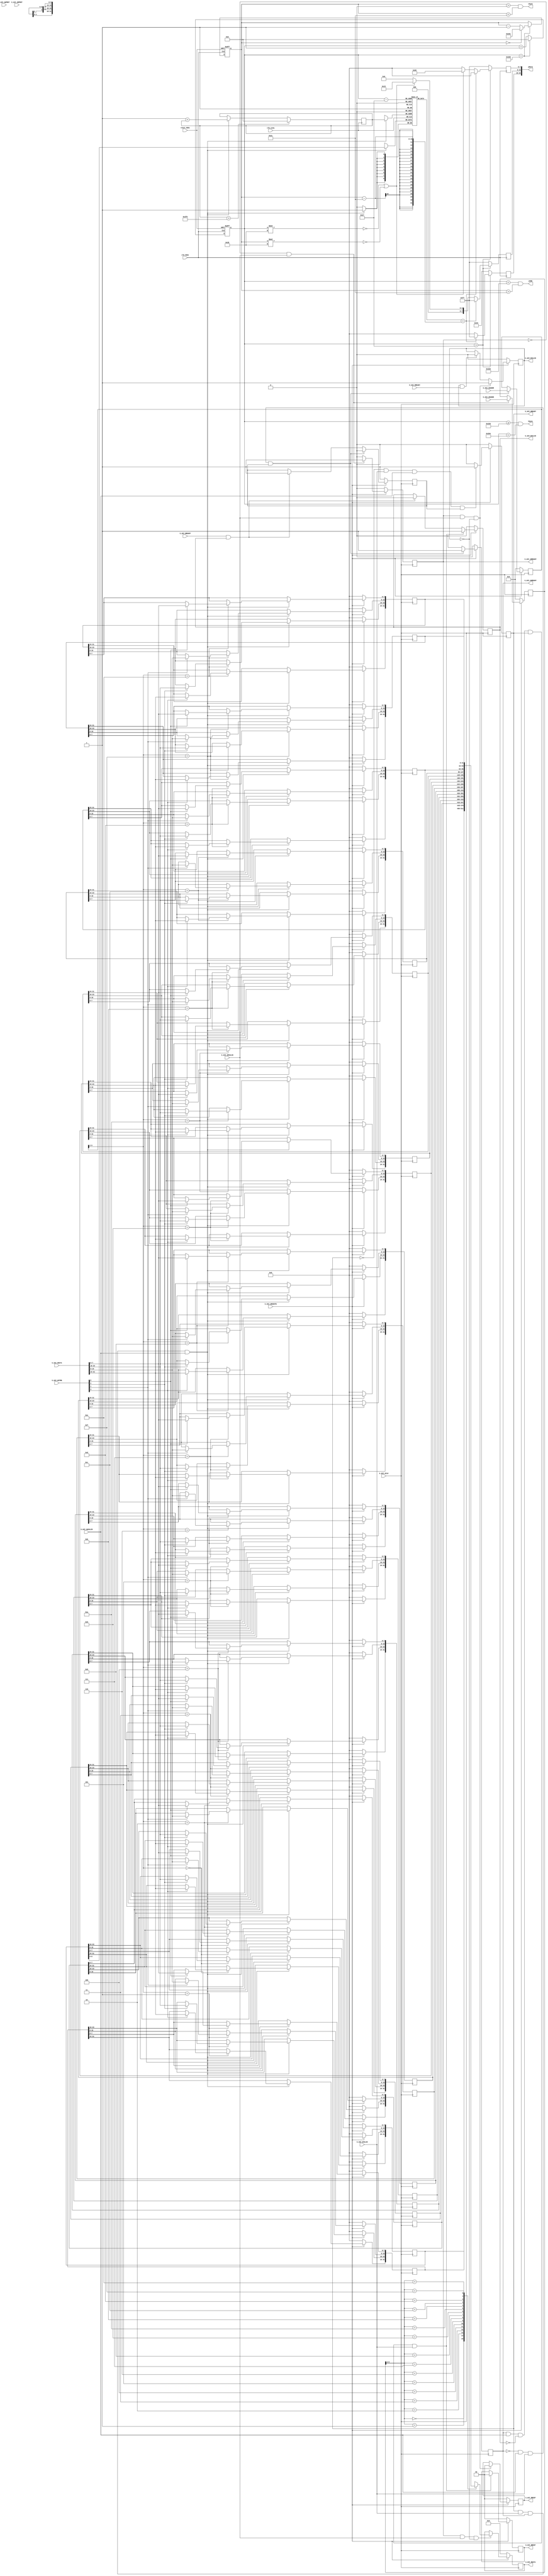

`timescale 1 ns / 1 ps

	module hdmi_full_gen_1_v1_0_S00_AXI #
	(
		// Users to add parameters here

		// User parameters ends
		// Do not modify the parameters beyond this line

		// Width of S_AXI data bus
		parameter integer C_S_AXI_DATA_WIDTH	= 32,
		// Width of S_AXI address bus
		parameter integer C_S_AXI_ADDR_WIDTH	= 6
	)
	(
		// Users to add ports here
        input wire reset_hdmi,
        input wire clk_hdmi,
        input wire clk_zynq,
        output wire [23:0] pData,
        output wire hSync,
        output wire vSync,
        output wire pVDE,
		// User ports ends
		// Do not modify the ports beyond this line

		// Global Clock Signal
		input wire  S_AXI_ACLK,
		// Global Reset Signal. This Signal is Active LOW
		input wire  S_AXI_ARESETN,
		// Write address (issued by master, acceped by Slave)
		input wire [C_S_AXI_ADDR_WIDTH-1 : 0] S_AXI_AWADDR,
		// Write channel Protection type. This signal indicates the
    		// privilege and security level of the transaction, and whether
    		// the transaction is a data access or an instruction access.
		input wire [2 : 0] S_AXI_AWPROT,
		// Write address valid. This signal indicates that the master signaling
    		// valid write address and control information.
		input wire  S_AXI_AWVALID,
		// Write address ready. This signal indicates that the slave is ready
    		// to accept an address and associated control signals.
		output wire  S_AXI_AWREADY,
		// Write data (issued by master, acceped by Slave) 
		input wire [C_S_AXI_DATA_WIDTH-1 : 0] S_AXI_WDATA,
		// Write strobes. This signal indicates which byte lanes hold
    		// valid data. There is one write strobe bit for each eight
    		// bits of the write data bus.    
		input wire [(C_S_AXI_DATA_WIDTH/8)-1 : 0] S_AXI_WSTRB,
		// Write valid. This signal indicates that valid write
    		// data and strobes are available.
		input wire  S_AXI_WVALID,
		// Write ready. This signal indicates that the slave
    		// can accept the write data.
		output wire  S_AXI_WREADY,
		// Write response. This signal indicates the status
    		// of the write transaction.
		output wire [1 : 0] S_AXI_BRESP,
		// Write response valid. This signal indicates that the channel
    		// is signaling a valid write response.
		output wire  S_AXI_BVALID,
		// Response ready. This signal indicates that the master
    		// can accept a write response.
		input wire  S_AXI_BREADY,
		// Read address (issued by master, acceped by Slave)
		input wire [C_S_AXI_ADDR_WIDTH-1 : 0] S_AXI_ARADDR,
		// Protection type. This signal indicates the privilege
    		// and security level of the transaction, and whether the
    		// transaction is a data access or an instruction access.
		input wire [2 : 0] S_AXI_ARPROT,
		// Read address valid. This signal indicates that the channel
    		// is signaling valid read address and control information.
		input wire  S_AXI_ARVALID,
		// Read address ready. This signal indicates that the slave is
    		// ready to accept an address and associated control signals.
		output wire  S_AXI_ARREADY,
		// Read data (issued by slave)
		output wire [C_S_AXI_DATA_WIDTH-1 : 0] S_AXI_RDATA,
		// Read response. This signal indicates the status of the
    		// read transfer.
		output wire [1 : 0] S_AXI_RRESP,
		// Read valid. This signal indicates that the channel is
    		// signaling the required read data.
		output wire  S_AXI_RVALID,
		// Read ready. This signal indicates that the master can
    		// accept the read data and response information.
		input wire  S_AXI_RREADY
	);

	// AXI4LITE signals
	reg [C_S_AXI_ADDR_WIDTH-1 : 0] 	axi_awaddr;
	reg  	axi_awready;
	reg  	axi_wready;
	reg [1 : 0] 	axi_bresp;
	reg  	axi_bvalid;
	reg [C_S_AXI_ADDR_WIDTH-1 : 0] 	axi_araddr;
	reg  	axi_arready;
	reg [C_S_AXI_DATA_WIDTH-1 : 0] 	axi_rdata;
	reg [1 : 0] 	axi_rresp;
	reg  	axi_rvalid;

	// Example-specific design signals
	// local parameter for addressing 32 bit / 64 bit C_S_AXI_DATA_WIDTH
	// ADDR_LSB is used for addressing 32/64 bit registers/memories
	// ADDR_LSB = 2 for 32 bits (n downto 2)
	// ADDR_LSB = 3 for 64 bits (n downto 3)
	localparam integer ADDR_LSB = (C_S_AXI_DATA_WIDTH/32) + 1;
	localparam integer OPT_MEM_ADDR_BITS = 3;
	//----------------------------------------------
	//-- Signals for user logic register space example
	//------------------------------------------------
	//-- Number of Slave Registers 16
	reg [C_S_AXI_DATA_WIDTH-1:0]	slv_reg0;
	reg [C_S_AXI_DATA_WIDTH-1:0]	slv_reg1;
	reg [C_S_AXI_DATA_WIDTH-1:0]	slv_reg2;
	reg [C_S_AXI_DATA_WIDTH-1:0]	slv_reg3;
	reg [C_S_AXI_DATA_WIDTH-1:0]	slv_reg4;
	reg [C_S_AXI_DATA_WIDTH-1:0]	slv_reg5;
	reg [C_S_AXI_DATA_WIDTH-1:0]	slv_reg6;
	reg [C_S_AXI_DATA_WIDTH-1:0]	slv_reg7;
	reg [C_S_AXI_DATA_WIDTH-1:0]	slv_reg8;
	reg [C_S_AXI_DATA_WIDTH-1:0]	slv_reg9;
	reg [C_S_AXI_DATA_WIDTH-1:0]	slv_reg10;
	reg [C_S_AXI_DATA_WIDTH-1:0]	slv_reg11;
	reg [C_S_AXI_DATA_WIDTH-1:0]	slv_reg12;
	reg [C_S_AXI_DATA_WIDTH-1:0]	slv_reg13;
	reg [C_S_AXI_DATA_WIDTH-1:0]	slv_reg14;
	reg [C_S_AXI_DATA_WIDTH-1:0]	slv_reg15;
	wire	 slv_reg_rden;
	wire	 slv_reg_wren;
	reg [C_S_AXI_DATA_WIDTH-1:0]	 reg_data_out;
	integer	 byte_index;
	reg	 aw_en;

	// I/O Connections assignments

	assign S_AXI_AWREADY	= axi_awready;
	assign S_AXI_WREADY	= axi_wready;
	assign S_AXI_BRESP	= axi_bresp;
	assign S_AXI_BVALID	= axi_bvalid;
	assign S_AXI_ARREADY	= axi_arready;
	assign S_AXI_RDATA	= axi_rdata;
	assign S_AXI_RRESP	= axi_rresp;
	assign S_AXI_RVALID	= axi_rvalid;
	// Implement axi_awready generation
	// axi_awready is asserted for one S_AXI_ACLK clock cycle when both
	// S_AXI_AWVALID and S_AXI_WVALID are asserted. axi_awready is
	// de-asserted when reset is low.

	always @( posedge S_AXI_ACLK )
	begin
	  if ( S_AXI_ARESETN == 1'b0 )
	    begin
	      axi_awready <= 1'b0;
	      aw_en <= 1'b1;
	    end 
	  else
	    begin    
	      if (~axi_awready && S_AXI_AWVALID && S_AXI_WVALID && aw_en)
	        begin
	          // slave is ready to accept write address when 
	          // there is a valid write address and write data
	          // on the write address and data bus. This design 
	          // expects no outstanding transactions. 
	          axi_awready <= 1'b1;
	          aw_en <= 1'b0;
	        end
	        else if (S_AXI_BREADY && axi_bvalid)
	            begin
	              aw_en <= 1'b1;
	              axi_awready <= 1'b0;
	            end
	      else           
	        begin
	          axi_awready <= 1'b0;
	        end
	    end 
	end       

	// Implement axi_awaddr latching
	// This process is used to latch the address when both 
	// S_AXI_AWVALID and S_AXI_WVALID are valid. 

	always @( posedge S_AXI_ACLK )
	begin
	  if ( S_AXI_ARESETN == 1'b0 )
	    begin
	      axi_awaddr <= 0;
	    end 
	  else
	    begin    
	      if (~axi_awready && S_AXI_AWVALID && S_AXI_WVALID && aw_en)
	        begin
	          // Write Address latching 
	          axi_awaddr <= S_AXI_AWADDR;
	        end
	    end 
	end       

	// Implement axi_wready generation
	// axi_wready is asserted for one S_AXI_ACLK clock cycle when both
	// S_AXI_AWVALID and S_AXI_WVALID are asserted. axi_wready is 
	// de-asserted when reset is low. 

	always @( posedge S_AXI_ACLK )
	begin
	  if ( S_AXI_ARESETN == 1'b0 )
	    begin
	      axi_wready <= 1'b0;
	    end 
	  else
	    begin    
	      if (~axi_wready && S_AXI_WVALID && S_AXI_AWVALID && aw_en )
	        begin
	          // slave is ready to accept write data when 
	          // there is a valid write address and write data
	          // on the write address and data bus. This design 
	          // expects no outstanding transactions. 
	          axi_wready <= 1'b1;
	        end
	      else
	        begin
	          axi_wready <= 1'b0;
	        end
	    end 
	end       

	// Implement memory mapped register select and write logic generation
	// The write data is accepted and written to memory mapped registers when
	// axi_awready, S_AXI_WVALID, axi_wready and S_AXI_WVALID are asserted. Write strobes are used to
	// select byte enables of slave registers while writing.
	// These registers are cleared when reset (active low) is applied.
	// Slave register write enable is asserted when valid address and data are available
	// and the slave is ready to accept the write address and write data.
	assign slv_reg_wren = axi_wready && S_AXI_WVALID && axi_awready && S_AXI_AWVALID;

	always @( posedge S_AXI_ACLK )
	begin
	  if ( S_AXI_ARESETN == 1'b0 )
	    begin
	      slv_reg0 <= 0;
	      slv_reg1 <= 0;
	      slv_reg2 <= 0;
	      slv_reg3 <= 0;
	      slv_reg4 <= 0;
	      slv_reg5 <= 0;
	      slv_reg6 <= 0;
	      slv_reg7 <= 0;
	      slv_reg8 <= 0;
	      slv_reg9 <= 0;
	      slv_reg10 <= 0;
	      slv_reg11 <= 0;
	      slv_reg12 <= 0;
	      slv_reg13 <= 0;
	      slv_reg14 <= 0;
	      slv_reg15 <= 0;
	    end 
	  else begin
	    if (slv_reg_wren)
	      begin
	        case ( axi_awaddr[ADDR_LSB+OPT_MEM_ADDR_BITS:ADDR_LSB] )
	          4'h0:
	            for ( byte_index = 0; byte_index <= (C_S_AXI_DATA_WIDTH/8)-1; byte_index = byte_index+1 )
	              if ( S_AXI_WSTRB[byte_index] == 1 ) begin
	                // Respective byte enables are asserted as per write strobes 
	                // Slave register 0
	                slv_reg0[(byte_index*8) +: 8] <= S_AXI_WDATA[(byte_index*8) +: 8];
	              end  
	          4'h1:
	            for ( byte_index = 0; byte_index <= (C_S_AXI_DATA_WIDTH/8)-1; byte_index = byte_index+1 )
	              if ( S_AXI_WSTRB[byte_index] == 1 ) begin
	                // Respective byte enables are asserted as per write strobes 
	                // Slave register 1
	                slv_reg1[(byte_index*8) +: 8] <= S_AXI_WDATA[(byte_index*8) +: 8];
	              end  
	          4'h2:
	            for ( byte_index = 0; byte_index <= (C_S_AXI_DATA_WIDTH/8)-1; byte_index = byte_index+1 )
	              if ( S_AXI_WSTRB[byte_index] == 1 ) begin
	                // Respective byte enables are asserted as per write strobes 
	                // Slave register 2
	                slv_reg2[(byte_index*8) +: 8] <= S_AXI_WDATA[(byte_index*8) +: 8];
	              end  
	          4'h3:
	            for ( byte_index = 0; byte_index <= (C_S_AXI_DATA_WIDTH/8)-1; byte_index = byte_index+1 )
	              if ( S_AXI_WSTRB[byte_index] == 1 ) begin
	                // Respective byte enables are asserted as per write strobes 
	                // Slave register 3
	                slv_reg3[(byte_index*8) +: 8] <= S_AXI_WDATA[(byte_index*8) +: 8];
	              end  
	          4'h4:
	            for ( byte_index = 0; byte_index <= (C_S_AXI_DATA_WIDTH/8)-1; byte_index = byte_index+1 )
	              if ( S_AXI_WSTRB[byte_index] == 1 ) begin
	                // Respective byte enables are asserted as per write strobes 
	                // Slave register 4
	                slv_reg4[(byte_index*8) +: 8] <= S_AXI_WDATA[(byte_index*8) +: 8];
	              end  
	          4'h5:
	            for ( byte_index = 0; byte_index <= (C_S_AXI_DATA_WIDTH/8)-1; byte_index = byte_index+1 )
	              if ( S_AXI_WSTRB[byte_index] == 1 ) begin
	                // Respective byte enables are asserted as per write strobes 
	                // Slave register 5
	                slv_reg5[(byte_index*8) +: 8] <= S_AXI_WDATA[(byte_index*8) +: 8];
	              end  
	          4'h6:
	            for ( byte_index = 0; byte_index <= (C_S_AXI_DATA_WIDTH/8)-1; byte_index = byte_index+1 )
	              if ( S_AXI_WSTRB[byte_index] == 1 ) begin
	                // Respective byte enables are asserted as per write strobes 
	                // Slave register 6
	                slv_reg6[(byte_index*8) +: 8] <= S_AXI_WDATA[(byte_index*8) +: 8];
	              end  
	          4'h7:
	            for ( byte_index = 0; byte_index <= (C_S_AXI_DATA_WIDTH/8)-1; byte_index = byte_index+1 )
	              if ( S_AXI_WSTRB[byte_index] == 1 ) begin
	                // Respective byte enables are asserted as per write strobes 
	                // Slave register 7
	                slv_reg7[(byte_index*8) +: 8] <= S_AXI_WDATA[(byte_index*8) +: 8];
	              end  
	          4'h8:
	            for ( byte_index = 0; byte_index <= (C_S_AXI_DATA_WIDTH/8)-1; byte_index = byte_index+1 )
	              if ( S_AXI_WSTRB[byte_index] == 1 ) begin
	                // Respective byte enables are asserted as per write strobes 
	                // Slave register 8
	                slv_reg8[(byte_index*8) +: 8] <= S_AXI_WDATA[(byte_index*8) +: 8];
	              end  
	          4'h9:
	            for ( byte_index = 0; byte_index <= (C_S_AXI_DATA_WIDTH/8)-1; byte_index = byte_index+1 )
	              if ( S_AXI_WSTRB[byte_index] == 1 ) begin
	                // Respective byte enables are asserted as per write strobes 
	                // Slave register 9
	                slv_reg9[(byte_index*8) +: 8] <= S_AXI_WDATA[(byte_index*8) +: 8];
	              end  
	          4'hA:
	            for ( byte_index = 0; byte_index <= (C_S_AXI_DATA_WIDTH/8)-1; byte_index = byte_index+1 )
	              if ( S_AXI_WSTRB[byte_index] == 1 ) begin
	                // Respective byte enables are asserted as per write strobes 
	                // Slave register 10
	                slv_reg10[(byte_index*8) +: 8] <= S_AXI_WDATA[(byte_index*8) +: 8];
	              end  
	          4'hB:
	            for ( byte_index = 0; byte_index <= (C_S_AXI_DATA_WIDTH/8)-1; byte_index = byte_index+1 )
	              if ( S_AXI_WSTRB[byte_index] == 1 ) begin
	                // Respective byte enables are asserted as per write strobes 
	                // Slave register 11
	                slv_reg11[(byte_index*8) +: 8] <= S_AXI_WDATA[(byte_index*8) +: 8];
	              end  
	          4'hC:
	            for ( byte_index = 0; byte_index <= (C_S_AXI_DATA_WIDTH/8)-1; byte_index = byte_index+1 )
	              if ( S_AXI_WSTRB[byte_index] == 1 ) begin
	                // Respective byte enables are asserted as per write strobes 
	                // Slave register 12
	                slv_reg12[(byte_index*8) +: 8] <= S_AXI_WDATA[(byte_index*8) +: 8];
	              end  
	          4'hD:
	            for ( byte_index = 0; byte_index <= (C_S_AXI_DATA_WIDTH/8)-1; byte_index = byte_index+1 )
	              if ( S_AXI_WSTRB[byte_index] == 1 ) begin
	                // Respective byte enables are asserted as per write strobes 
	                // Slave register 13
	                slv_reg13[(byte_index*8) +: 8] <= S_AXI_WDATA[(byte_index*8) +: 8];
	              end  
	          4'hE:
	            for ( byte_index = 0; byte_index <= (C_S_AXI_DATA_WIDTH/8)-1; byte_index = byte_index+1 )
	              if ( S_AXI_WSTRB[byte_index] == 1 ) begin
	                // Respective byte enables are asserted as per write strobes 
	                // Slave register 14
	                slv_reg14[(byte_index*8) +: 8] <= S_AXI_WDATA[(byte_index*8) +: 8];
	              end  
	          4'hF:
	            for ( byte_index = 0; byte_index <= (C_S_AXI_DATA_WIDTH/8)-1; byte_index = byte_index+1 )
	              if ( S_AXI_WSTRB[byte_index] == 1 ) begin
	                // Respective byte enables are asserted as per write strobes 
	                // Slave register 15
	                slv_reg15[(byte_index*8) +: 8] <= S_AXI_WDATA[(byte_index*8) +: 8];
	              end  
	          default : begin
	                      slv_reg0 <= slv_reg0;
	                      slv_reg1 <= slv_reg1;
	                      slv_reg2 <= slv_reg2;
	                      slv_reg3 <= slv_reg3;
	                      slv_reg4 <= slv_reg4;
	                      slv_reg5 <= slv_reg5;
	                      slv_reg6 <= slv_reg6;
	                      slv_reg7 <= slv_reg7;
	                      slv_reg8 <= slv_reg8;
	                      slv_reg9 <= slv_reg9;
	                      slv_reg10 <= slv_reg10;
	                      slv_reg11 <= slv_reg11;
	                      slv_reg12 <= slv_reg12;
	                      slv_reg13 <= slv_reg13;
	                      slv_reg14 <= slv_reg14;
	                      slv_reg15 <= slv_reg15;
	                    end
	        endcase
	      end
	  end
	end    

	// Implement write response logic generation
	// The write response and response valid signals are asserted by the slave 
	// when axi_wready, S_AXI_WVALID, axi_wready and S_AXI_WVALID are asserted.  
	// This marks the acceptance of address and indicates the status of 
	// write transaction.

	always @( posedge S_AXI_ACLK )
	begin
	  if ( S_AXI_ARESETN == 1'b0 )
	    begin
	      axi_bvalid  <= 0;
	      axi_bresp   <= 2'b0;
	    end 
	  else
	    begin    
	      if (axi_awready && S_AXI_AWVALID && ~axi_bvalid && axi_wready && S_AXI_WVALID)
	        begin
	          // indicates a valid write response is available
	          axi_bvalid <= 1'b1;
	          axi_bresp  <= 2'b0; // 'OKAY' response 
	        end                   // work error responses in future
	      else
	        begin
	          if (S_AXI_BREADY && axi_bvalid) 
	            //check if bready is asserted while bvalid is high) 
	            //(there is a possibility that bready is always asserted high)   
	            begin
	              axi_bvalid <= 1'b0; 
	            end  
	        end
	    end
	end   

	// Implement axi_arready generation
	// axi_arready is asserted for one S_AXI_ACLK clock cycle when
	// S_AXI_ARVALID is asserted. axi_awready is 
	// de-asserted when reset (active low) is asserted. 
	// The read address is also latched when S_AXI_ARVALID is 
	// asserted. axi_araddr is reset to zero on reset assertion.

	always @( posedge S_AXI_ACLK )
	begin
	  if ( S_AXI_ARESETN == 1'b0 )
	    begin
	      axi_arready <= 1'b0;
	      axi_araddr  <= 32'b0;
	    end 
	  else
	    begin    
	      if (~axi_arready && S_AXI_ARVALID)
	        begin
	          // indicates that the slave has acceped the valid read address
	          axi_arready <= 1'b1;
	          // Read address latching
	          axi_araddr  <= S_AXI_ARADDR;
	        end
	      else
	        begin
	          axi_arready <= 1'b0;
	        end
	    end 
	end       

	// Implement axi_arvalid generation
	// axi_rvalid is asserted for one S_AXI_ACLK clock cycle when both 
	// S_AXI_ARVALID and axi_arready are asserted. The slave registers 
	// data are available on the axi_rdata bus at this instance. The 
	// assertion of axi_rvalid marks the validity of read data on the 
	// bus and axi_rresp indicates the status of read transaction.axi_rvalid 
	// is deasserted on reset (active low). axi_rresp and axi_rdata are 
	// cleared to zero on reset (active low).  
	always @( posedge S_AXI_ACLK )
	begin
	  if ( S_AXI_ARESETN == 1'b0 )
	    begin
	      axi_rvalid <= 0;
	      axi_rresp  <= 0;
	    end 
	  else
	    begin    
	      if (axi_arready && S_AXI_ARVALID && ~axi_rvalid)
	        begin
	          // Valid read data is available at the read data bus
	          axi_rvalid <= 1'b1;
	          axi_rresp  <= 2'b0; // 'OKAY' response
	        end   
	      else if (axi_rvalid && S_AXI_RREADY)
	        begin
	          // Read data is accepted by the master
	          axi_rvalid <= 1'b0;
	        end                
	    end
	end    

	// Implement memory mapped register select and read logic generation
	// Slave register read enable is asserted when valid address is available
	// and the slave is ready to accept the read address.
	assign slv_reg_rden = axi_arready & S_AXI_ARVALID & ~axi_rvalid;
	always @(*)
	begin
	      // Address decoding for reading registers
	      case ( axi_araddr[ADDR_LSB+OPT_MEM_ADDR_BITS:ADDR_LSB] )
	        4'h0   : reg_data_out <= slv_reg0;
	        4'h1   : reg_data_out <= slv_reg1;
	        4'h2   : reg_data_out <= slv_reg2;
	        4'h3   : reg_data_out <= slv_reg3;
	        4'h4   : reg_data_out <= slv_reg4;
	        4'h5   : reg_data_out <= slv_reg5;
	        4'h6   : reg_data_out <= slv_reg6;
	        4'h7   : reg_data_out <= slv_reg7;
	        4'h8   : reg_data_out <= slv_reg8;
	        4'h9   : reg_data_out <= slv_reg9;
	        4'hA   : reg_data_out <= slv_reg10;
	        4'hB   : reg_data_out <= slv_reg11;
	        4'hC   : reg_data_out <= slv_reg12;
	        4'hD   : reg_data_out <= slv_reg13;
	        4'hE   : reg_data_out <= slv_reg14;
	        4'hF   : reg_data_out <= slv_reg15;
	        default : reg_data_out <= 0;
	      endcase
	end

	// Output register or memory read data
	always @( posedge S_AXI_ACLK )
	begin
	  if ( S_AXI_ARESETN == 1'b0 )
	    begin
	      axi_rdata  <= 0;
	    end 
	  else
	    begin    
	      // When there is a valid read address (S_AXI_ARVALID) with 
	      // acceptance of read address by the slave (axi_arready), 
	      // output the read dada 
	      if (slv_reg_rden)
	        begin
	          axi_rdata <= reg_data_out;     // register read data
	        end   
	    end
	end    

	// Add user logic here
    localparam V_front_porch = 10;
	localparam V_back_porch = 34;
	localparam V_sync_width = 0;
	localparam V_display_pix = 480;
	localparam V_t_pix = 524;
	
	localparam H_front_porch = 16;
	localparam H_back_porch = 64;
	localparam H_sync_width =  0;
	localparam H_display_pix = 800;
	localparam H_t_pix = 980;
	
    reg [7:0] redHold_ = 0;
    reg [7:0] greenHold_ = 0;
    reg [7:0] blueHold_ = 0;
    reg [9:0] CounterX = 0;
    reg [9:0] CounterY = 0;
    reg [9:0] write_data_ptr = 0;
    reg [3:0] slv_reg_ptr = 0;
    reg [8:0]screen_data[760:0];
    reg [8:0]screen_data_prt[760:0];
        
    always@(posedge clk_hdmi,posedge reset_hdmi)begin
    if(reset_hdmi)CounterX =0;
    else
        CounterX <= (CounterX==H_t_pix) ? 0 :CounterX+1;
    end 
    always @(posedge clk_hdmi,posedge reset_hdmi)begin
    if(reset_hdmi)CounterY =524;
    else
        if(CounterX==H_t_pix) CounterY <= (CounterY==0) ? V_t_pix:CounterY-1;
    end
    
    //SCREEN OUTPUT LOGIC
    always @(posedge clk_hdmi)begin       
        if(CounterX>39)begin
            if(screen_data[CounterX-39]==CounterY-44)begin
                redHold_ =255;
                greenHold_ = 0;
                blueHold_ = 255;
            end
                else if(CounterX%40==0||CounterY%40==0)begin
                redHold_ = 0;
                greenHold_ = 128;
                blueHold_ = 21; 
                end
                else begin
                redHold_ = 0;
                greenHold_ = 0;
                blueHold_ = 0; 
                end
        end
      
        else begin
             redHold_ = 51;
             greenHold_ =255;
             blueHold_ = 255; 
            end
    end
    
    //DEALING WITH SCREEN DATA FROM SLV_REG
    always @(posedge clk_zynq)begin
        if(slv_reg_wren)begin
             screen_data[write_data_ptr] <= slv_reg0;
             write_data_ptr <= 1+write_data_ptr;
        end
        if(write_data_ptr > 760)begin
            write_data_ptr <= 0;
        end    
    end
    
    
    wire hSync_ = (CounterX>=(H_display_pix+H_front_porch)) && (CounterX<(H_t_pix-H_back_porch));
    wire vSync_ = CounterY>0 && (CounterY<V_t_pix-V_display_pix);
    wire DrawArea = (CounterX<H_display_pix) && (CounterY>V_t_pix-V_display_pix);
    wire [7:0] red = redHold_;
    wire [7:0] green = greenHold_;
    wire [7:0] blue = blueHold_;
    
    assign hSync = hSync_;
    assign vSync = vSync_;
    assign pVDE = DrawArea;
    assign pData = {red[7:0],blue[7:0],green[7:0]};
	// User logic ends

	endmodule